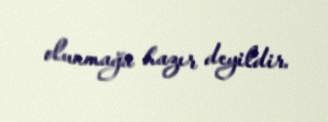
olunmağa hazır deyildir.